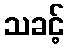
သခင့်